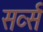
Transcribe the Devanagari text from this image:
सर्व्स